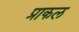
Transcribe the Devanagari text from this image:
प्राकल